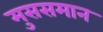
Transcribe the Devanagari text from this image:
मुससमान